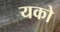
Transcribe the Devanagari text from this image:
यको